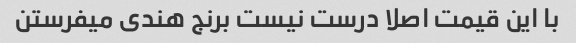
با این قیمت اصلا درست نیست برنج هندی میفرستن